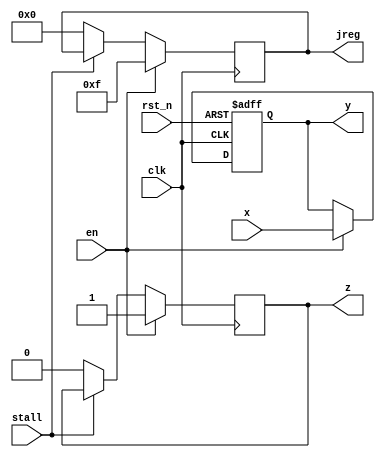
module r15_ff_with_en(rst_n, x, y,clk,en, stall, z, jreg);
input rst_n,clk,en,stall;
input [15:0] x;
output reg [15:0]y;
output reg z;
output reg [3:0] jreg;

always @(posedge clk, negedge rst_n)begin
if(!rst_n)
y<=0;

else if(en)
y<=x;
else if(stall)
y<=y;

end
always @(posedge clk)begin
if(en)
z<=1;
else if (stall)
z<=z;
else
z<=0;
end
always @(posedge clk)begin
  if(en)
    jreg<=4'hf;
  else if(stall)
    jreg<=jreg;
   else
     jreg<=4'h0;
     end

endmodule